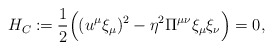
\begin{align*} H_C\coloneqq\frac{1}{2}\Big((u^\mu\xi_\mu)^2-\eta^2\Pi^{\mu\nu}\xi_\mu\xi_\nu\Big)=0,\end{align*}